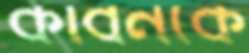
কার্বনকে